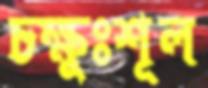
চক্ষুঃশূল